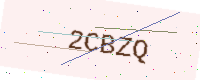
Text: 2CBZQ